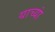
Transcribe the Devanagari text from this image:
याच्यां